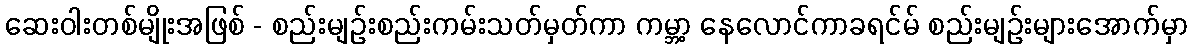
ဆေးဝါးတစ်မျိုးအဖြစ် - စည်းမျဉ်းစည်းကမ်းသတ်မှတ်ကာ ကမ္ဘာ့ နေလောင်ကာခရင်မ် စည်းမျဉ်းများအောက်မှာ